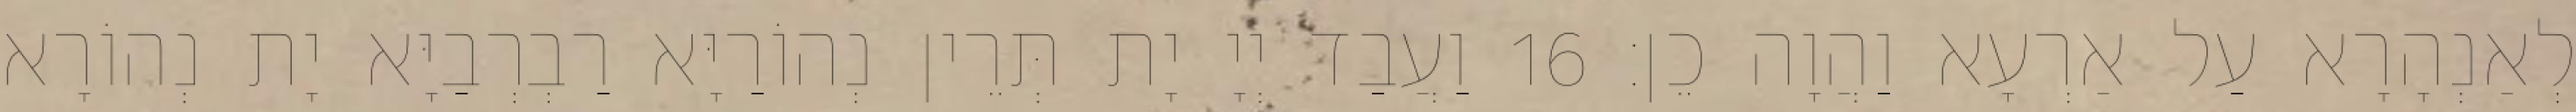
לְאַנְהָרָא עַל אַרְעָא וַהֲוָה כֵן׃ 16 וַעֲבַד יְיָ יָת תְּרֵין נְהוֹרַיָּא רַבְרְבַיָּא יָת נְהוֹרָא